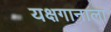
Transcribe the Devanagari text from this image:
यक्षगानाला